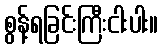
စွန့်ရခြင်းကြီးငါးပါး။